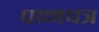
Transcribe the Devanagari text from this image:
पानपत्र